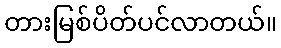
တားမြစ်ပိတ်ပင်လာတယ်။